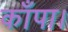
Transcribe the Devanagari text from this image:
काँपा।